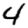
Digit: 4